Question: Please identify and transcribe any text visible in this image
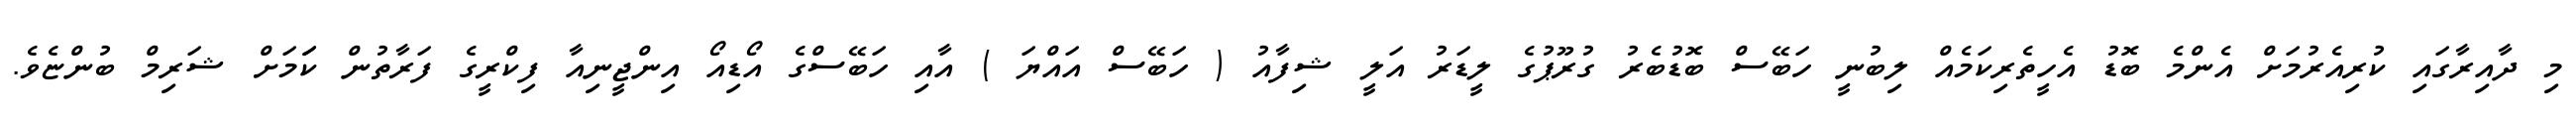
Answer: މި ދާއިރާގައި ކުރިއެރުމަށް އެންމެ ބޮޑު އެހީތެރިކަމެއް ލިބުނީ ހަބޭސް ބޮޑުބެރު ގުރޫޕުގެ ލީޑަރު އަލީ ޝިފާއު ( ހަބޭސް އައްޔަ ) އާއި ހަބޭސްގެ އޯޑިއޯ އިންޖީނިއާ ފިކްރީގެ ފަރާތުން ކަަމަށް ޝަރިމް ބުންޏެވެ.